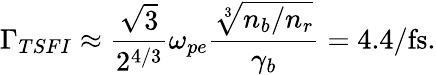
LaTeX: \Gamma_{TSFI}\approx\frac{\sqrt{3}}{2^{4/3}}\omega_{pe}\frac{\sqrt[3]{n_{b}/n_{r}}}{\gamma_{b}}=4.4/\mathrm{fs}.